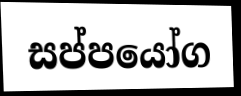
සප්පයෝග